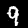
Label: 9